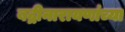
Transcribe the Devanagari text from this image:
बद्रीनारायणांच्या